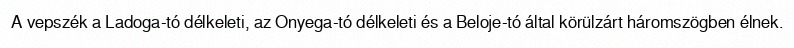
A vepszék a Ladoga-tó délkeleti, az Onyega-tó délkeleti és a Beloje-tó által körülzárt háromszögben élnek.